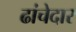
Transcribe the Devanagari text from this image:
ढांचेदार